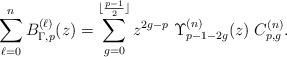
LaTeX: \begin{align*}\sum_{\ell=0}^n B_{\Gamma,p}^{(\ell)}(z)&= \sum_{g=0}^{\lfloor\frac{p-1}{2}\rfloor} z^{2g-p} \; \Upsilon_{p-1-2g}^{(n)}(z) \;C_{p,g}^{(n)}.\end{align*}